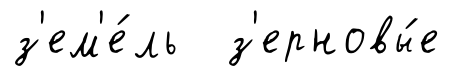
з'ем'е́ль з'ерновы́е